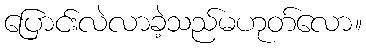
ပြောင်းလဲလာခဲ့သည်မဟုတ်လော။